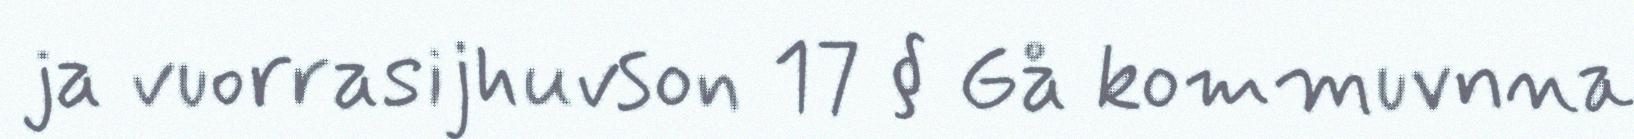
ja vuorrasijhuvson 17 § Gå kommuvnna